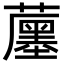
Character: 𧁶